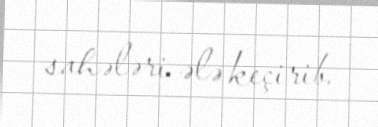
sahələri ələ keçirib.